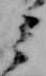
ミ